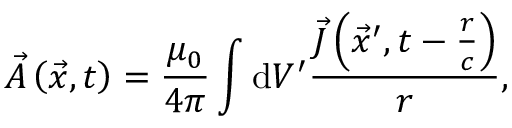
\vec { A } \left( \vec { x } , t \right) = \frac { \mu _ { 0 } } { 4 \pi } \int \mathrm { d } V ^ { \prime } \frac { \vec { J } \left( \vec { x } ^ { \prime } , t - \frac { r } { c } \right) } { r } ,